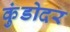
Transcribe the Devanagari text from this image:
कुंडोदर